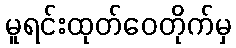
မူရင်းထုတ်ဝေတိုက်မှ